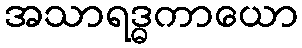
အသာရဒ္ဓကာယော